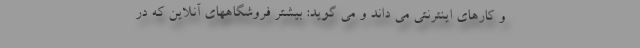
و کارهای اینترنتی می داند و می گوید: بیشتر فروشگاههای آنلاین که در